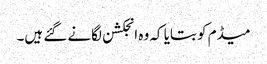
میڈم کو بتایا کہ وہ انجکشن لگانے گئے ہیں۔